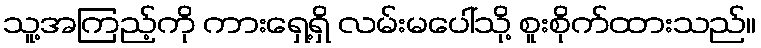
သူ့အကြည့်ကို ကားရှေ့ရှိ လမ်းမပေါ်သို့ စူးစိုက်ထားသည်။